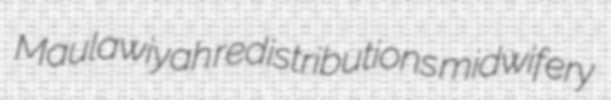
Maulawiyah redistributions midwifery